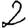
Digit: 2